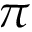
\pi